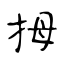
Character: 拇